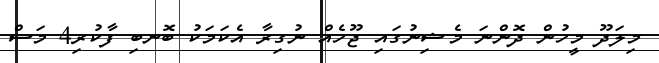
މިލަދޫ މީހުން ދޮންނަ މެޝިނުގައި ޖޫހެއް ނުގިރާ އެކަމަކު ބޮނބި ފާކުރި4 މަސް